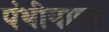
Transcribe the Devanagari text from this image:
पंथीयाला